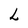
Character: L